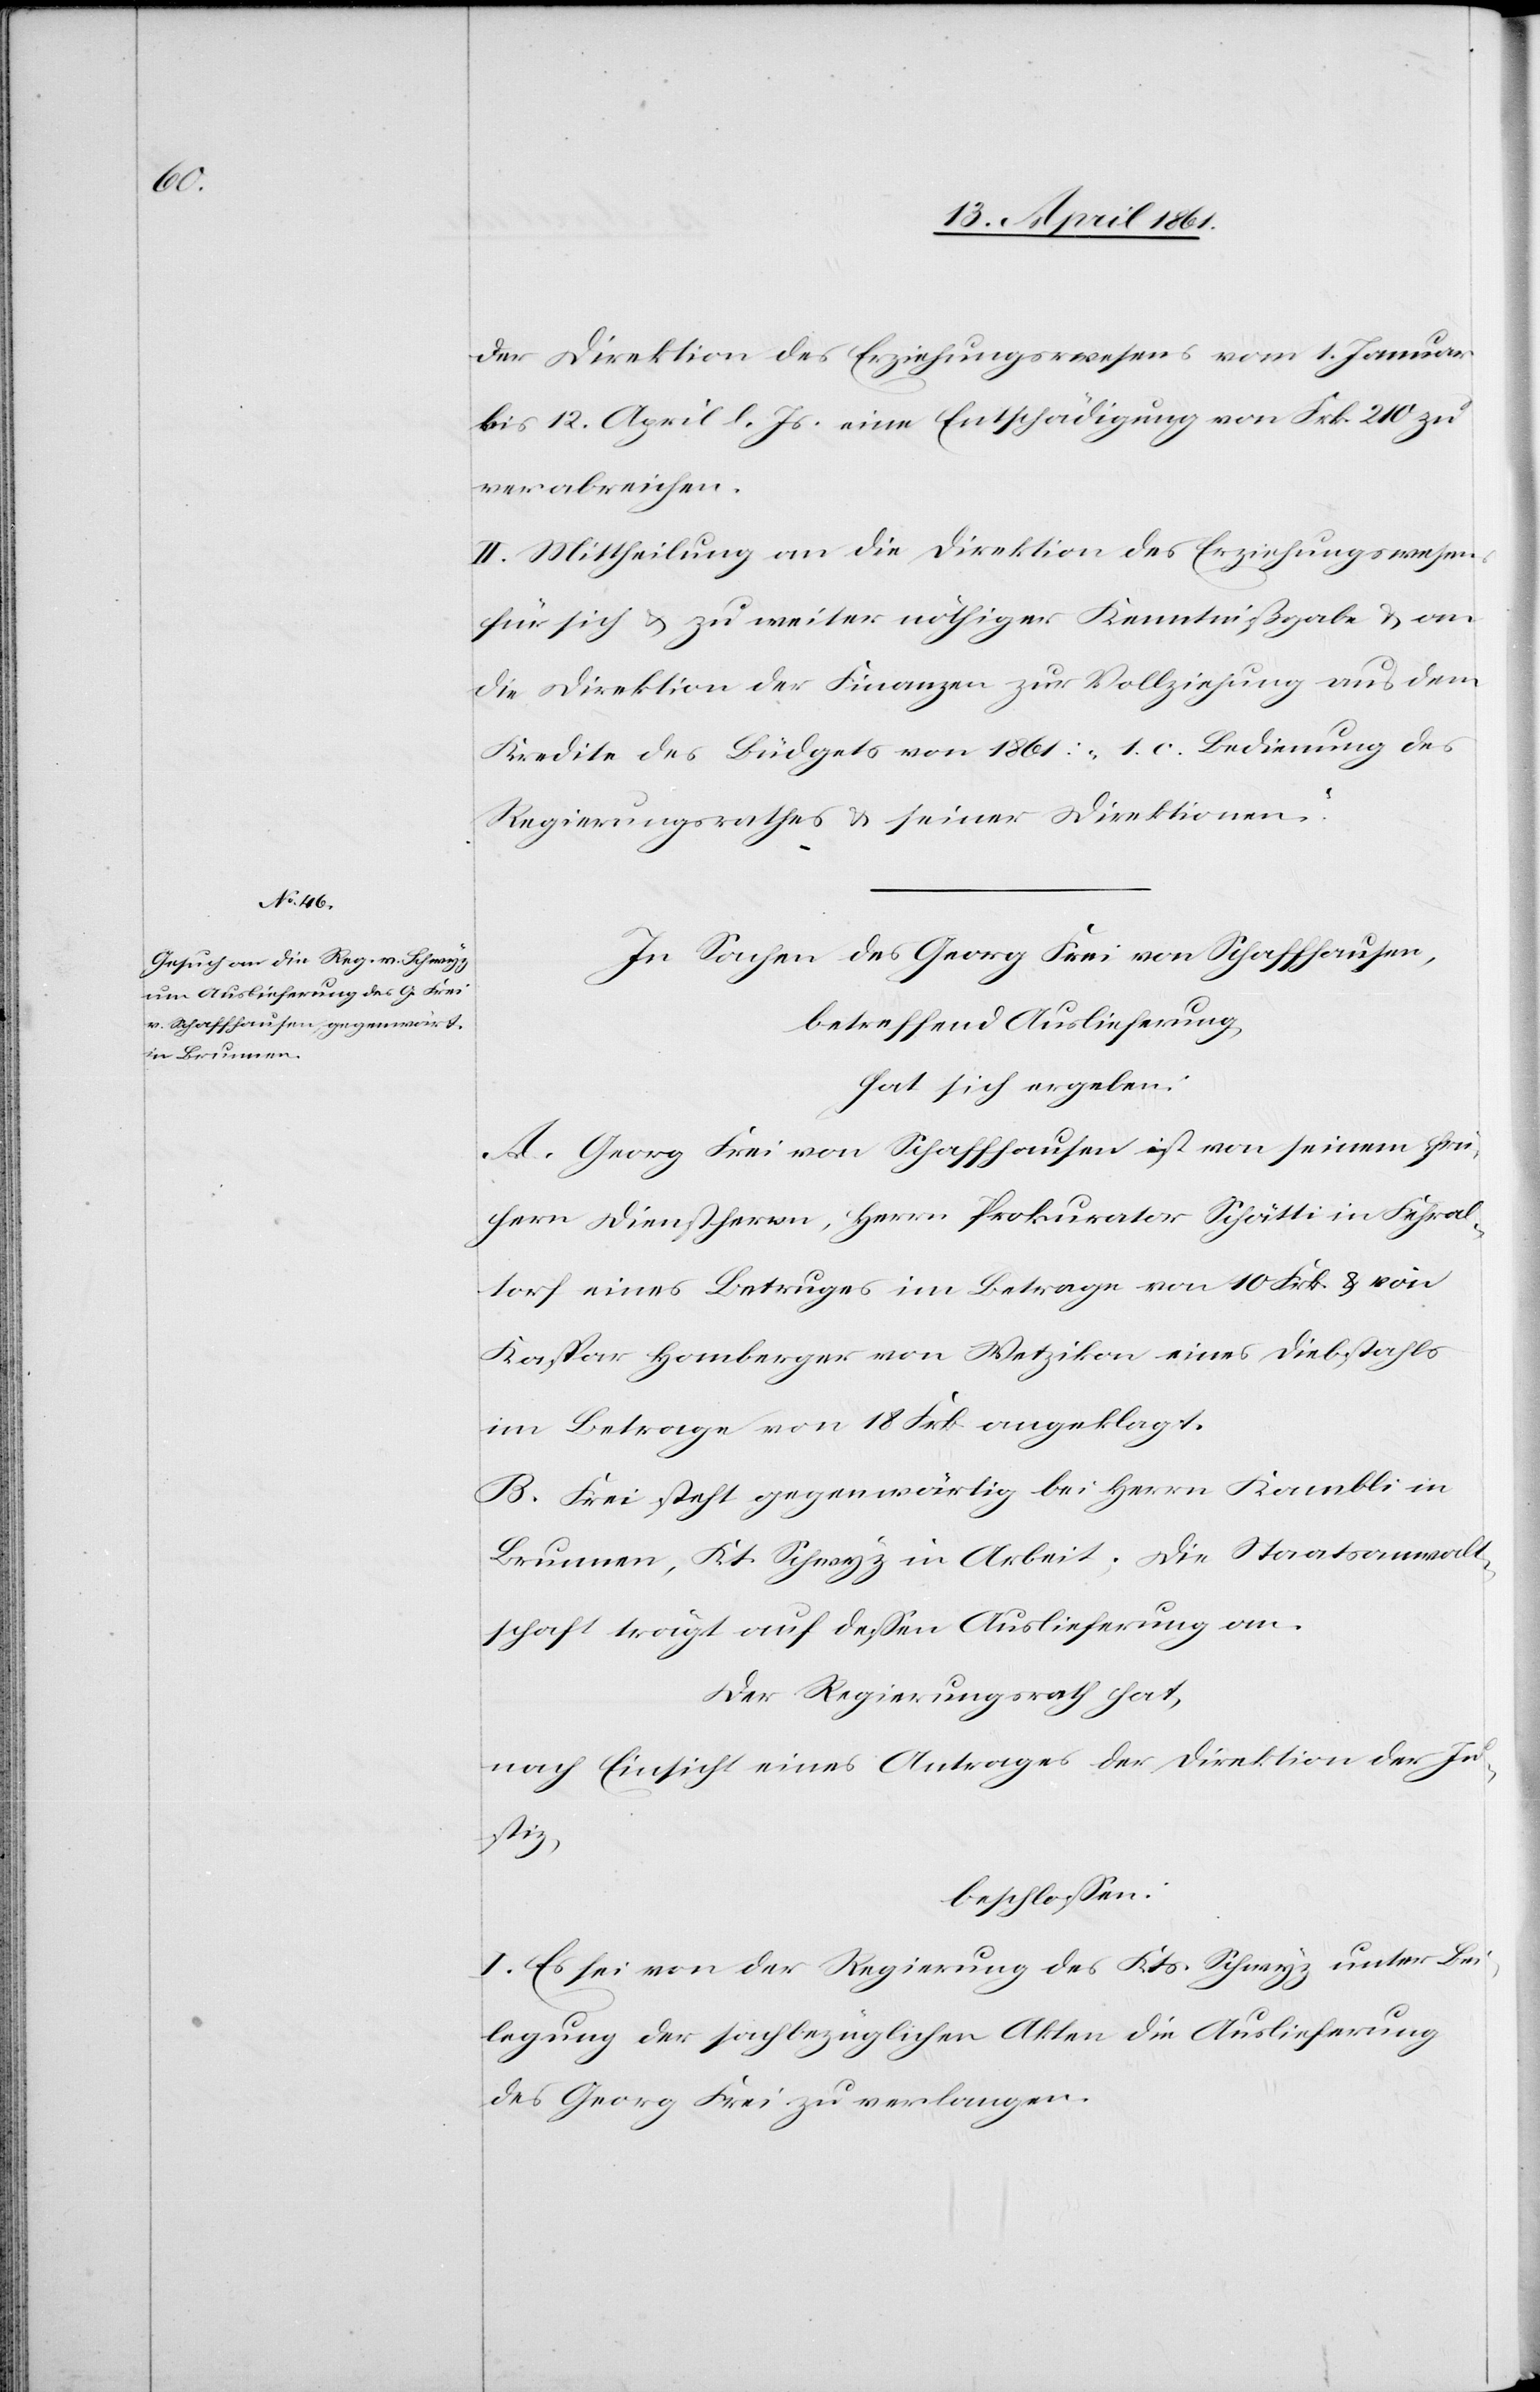
der Direktion des Erziehungswesens vom 1. Januar
bis 12. April l. Js. eine Entschädigung von Frk. 210 zu
verabreichen.
II. Mittheilung an die Direktion des Erziehungswesens
für sich u. zu weiter nöthiger Kenntnißgabe u. an
die Direktion der Finanzen zur Vollziehung aus dem
Kredite des Büdgets von 1861: „1. c. Bedienung des
Regierungsrathes u. seiner Direktionen.“
In Sachen des Georg Frei von Schaffhausen,
betreffend Auslieferung,
hat sich ergeben:
A. Georg Frei von Schaffhausen ist von seinem frü¬
hern Dienstherren, Herrn Prokurator Schätti in Fehral¬
torf eines Betruges im Betrage von 10 Frk. u. von
Kaspar Homberger von Wetzikon eines Diebstahls
im Betrage von 18 Frk. angeklagt.
B. Frei steht gegenwärtig bei Herrn Kambli in
Brunnen, Kt. Schwyz in Arbeit, die Staatsanwalt¬
schaft trägt auf dessen Auslieferung an.
Der Regierungsrath hat,
nach Einsicht eines Antrages der Direktion der Ju¬
stiz,
beschlossen:
I. Es sei von der Regierung des Kts. Schwyz unter Bei¬
legung der sachbezüglichen Akten die Auslieferung
des Georg Frei zu verlangen.